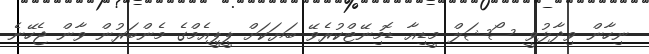
ނިހާން ވިދާޅުވީ ސޯޝަލް މީޑިއާ ޑޮމިނޭޓްކުރެވޭ ބަޔަކަށް ޕީޕީއެމްގެ މެންބަރުން ވާން ޖެހޭނެ